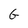
Character: G